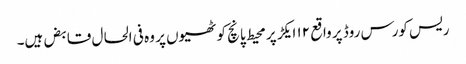
ریس کورس روڈ پر واقع ۱۲ ایکڑ پر محیط پانچ کوٹھیوں پر وہ فی الحال قابض ہیں۔